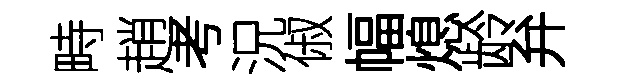
畤趙考況俶幅熄龄弁